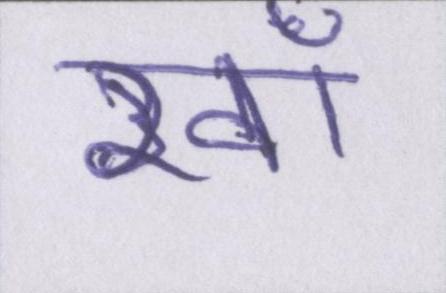
ख़ाँ